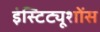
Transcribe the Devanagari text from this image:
इंस्टिट्यूशोंस